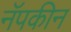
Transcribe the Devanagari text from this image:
नॅपकीन